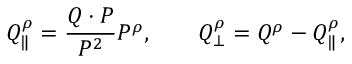
Q _ { \| } ^ { \rho } = { \frac { Q \cdot P } { P ^ { 2 } } } P ^ { \rho } , \ \ \ \ \ \ Q _ { \bot } ^ { \rho } = Q ^ { \rho } - Q _ { \| } ^ { \rho } ,